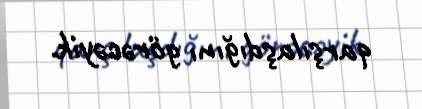
qarşılaşdığını görəcəyik.